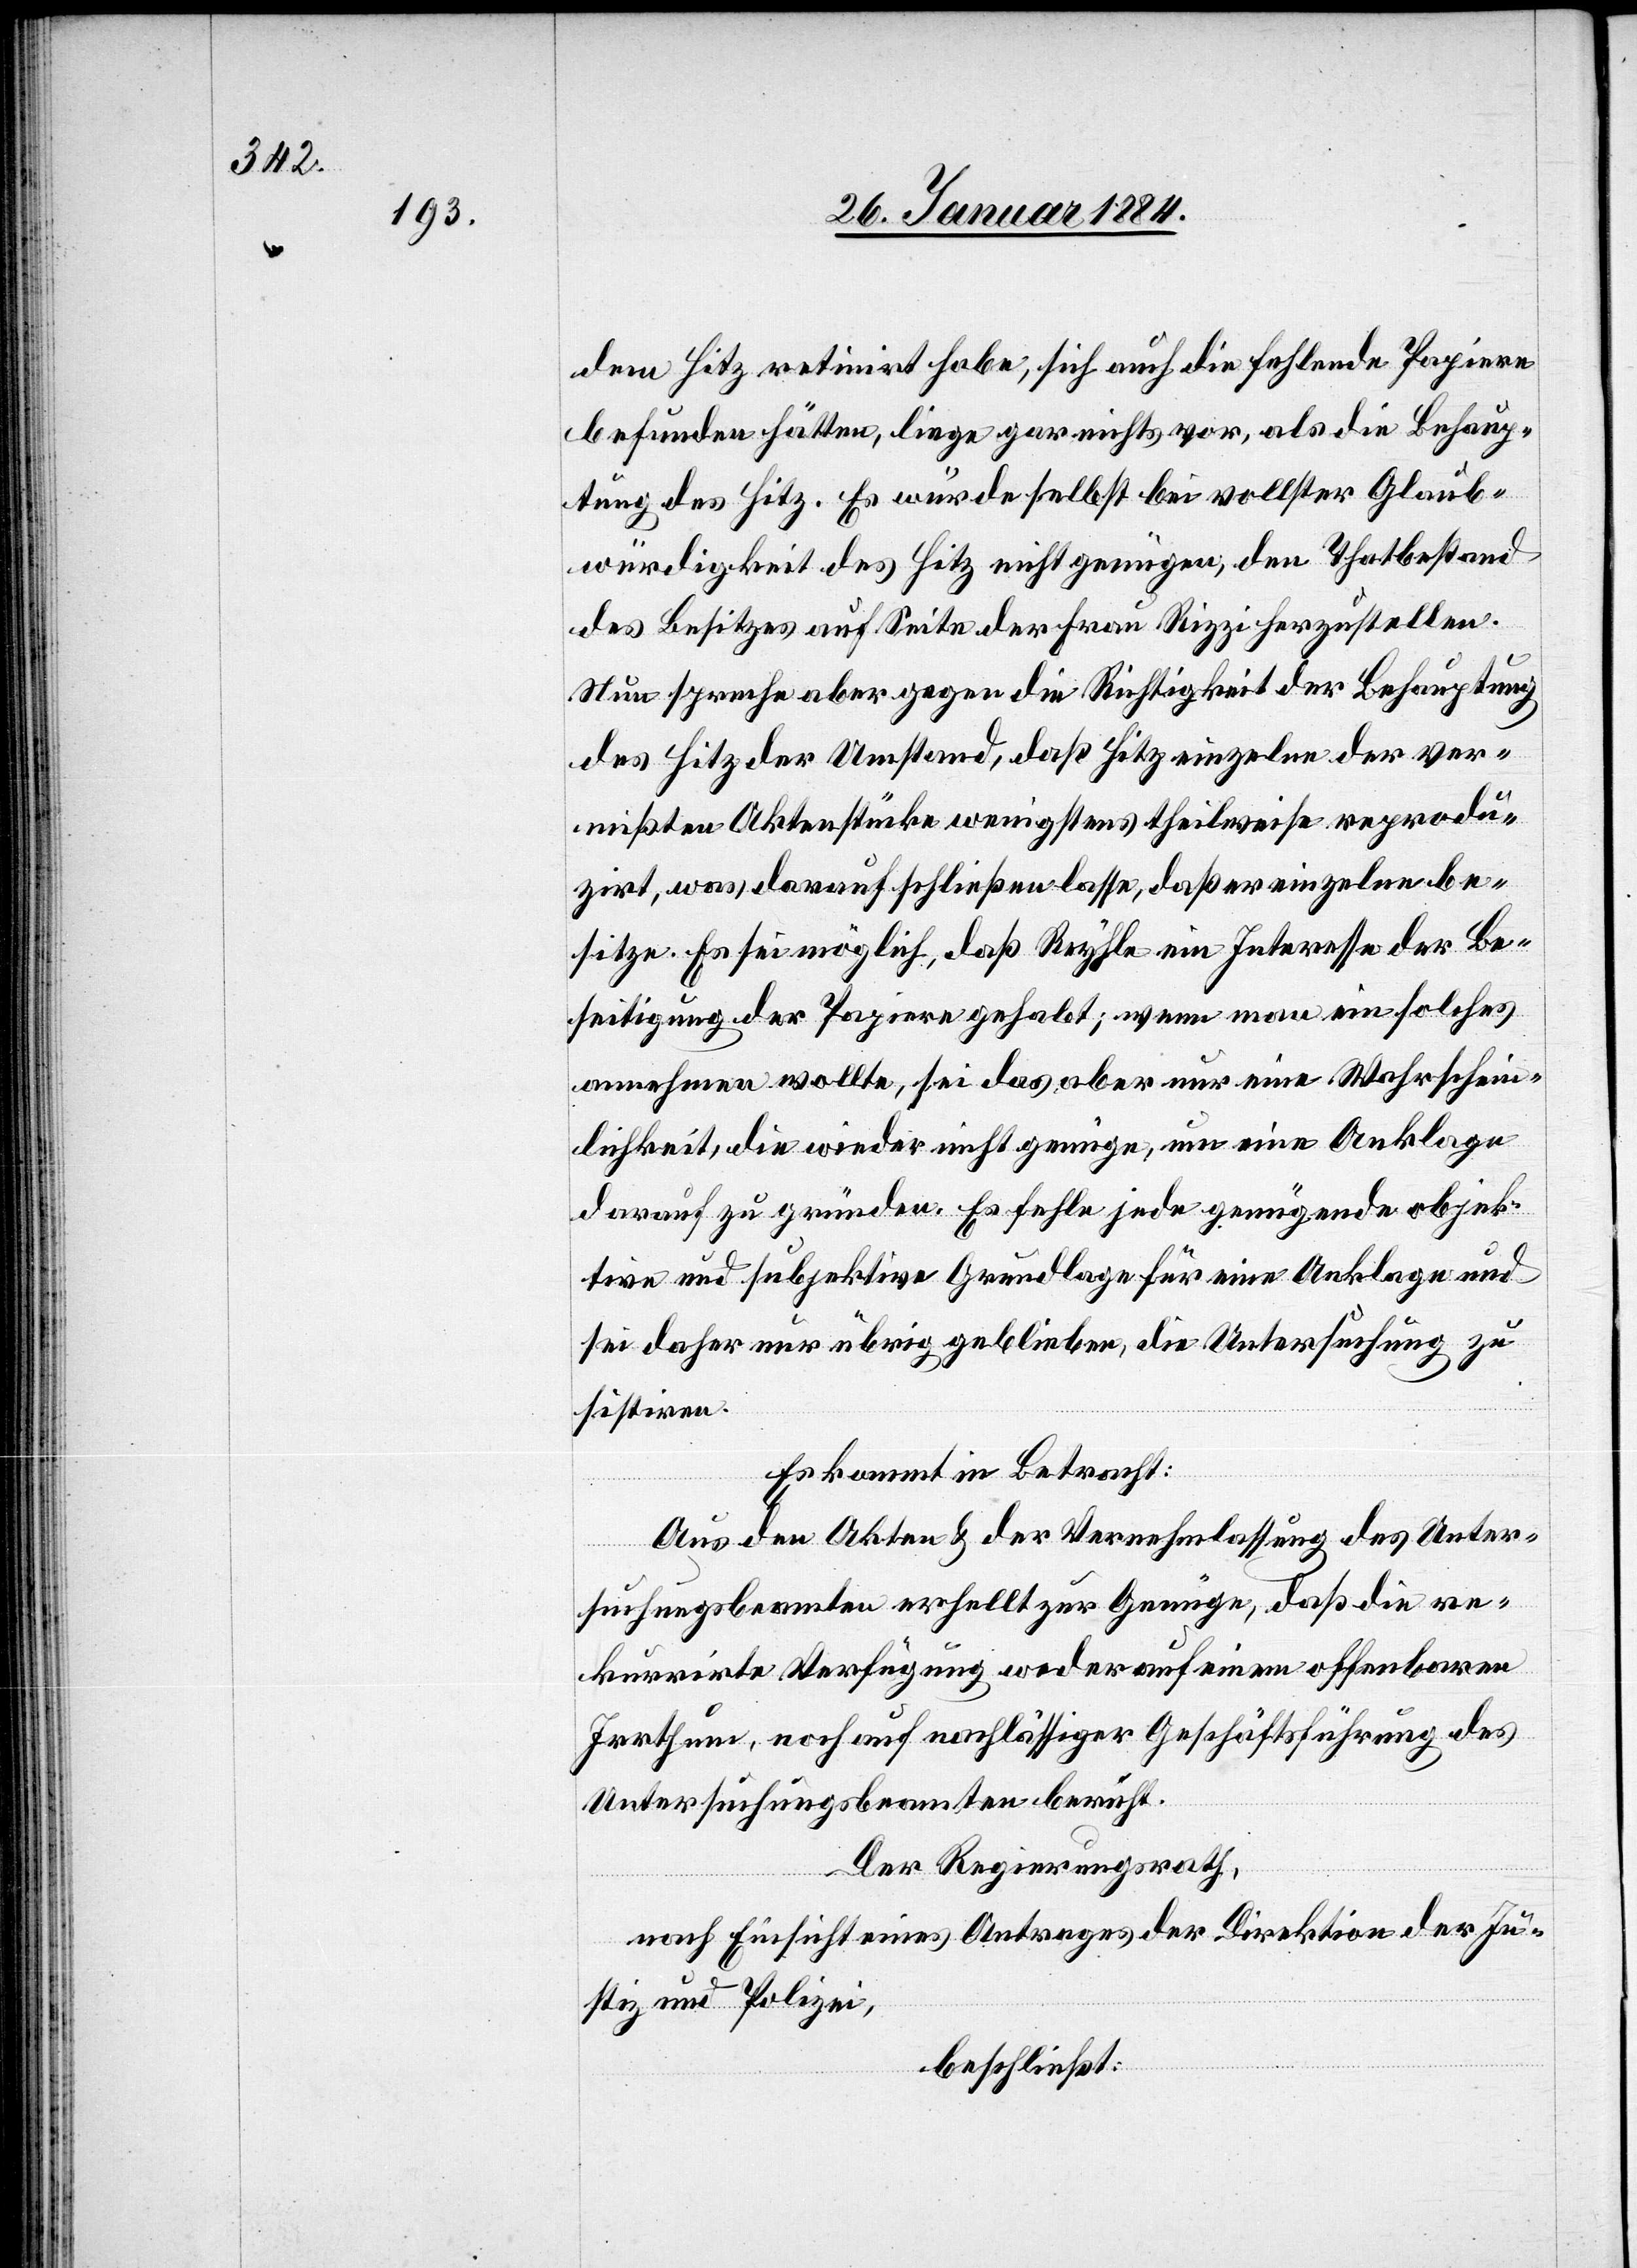
dem Hitz retinirt habe, sich auch die fehlenden Papiere
befunden hätten, liege gar nichts vor, als die Behaup¬
tung des Hitz. Es würde selbst bei vollster Glaub¬
würdigkeit des Hitz nicht genügen, den Thatbestand
des Besitzes auf Seite der Frau Rizzi herzustellen.
Nun spreche aber gegen die Richtigkeit der Behauptung
des Hitz der Umstand, daß Hitz einzelne der ver¬
mißten Aktenstücke wenigstens theilweise reprodu¬
zirt, was darauf schließen lasse, daß er einzelne be¬
sitze. Es sei möglich, daß Reyhle ein Interesse der Be¬
seitigung der Papiere gehabt; wenn man ein solches
annehmen wollte, sei das aber nur eine Wahrschein¬
lichkeit, die wieder nicht genüge, um eine Anklage
darauf zu gründen. Es fehle jede genügende objek¬
tive und subjektive Grundlage für eine Anklage und
sei daher nur übrig geblieben, die Untersuchung zu
sistiren.
Es kommt in Betracht:
Aus den Akten & der Vernehmlassung des Unter¬
suchungsbeamten erhellt sich zur Genüge, daß die re¬
kurrirte Verfügung weder auf einem offenbaren
Irrthum, noch auf nachlässiger Geschäftsführung des
Untersuchungsbeamten beruht.
Der Regierungsrath,
nach Einsicht eines Antrages der Direktion der Ju¬
stiz und Polizei,
beschließt: